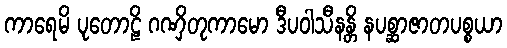
ကာရေမိ ပုတောဠိ ဂဏှိတုကာမော ဒီပဝါသီနန္တိ နပစ္ဆာဇာတပစ္စယာ